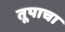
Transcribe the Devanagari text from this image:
तूपाचा